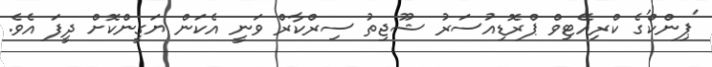
'ޕިންކް'ގެ ކްރިއޭޓިވް ޕްރޮޑިއުސަރު ޝޫޖިތު ސިރްކާރް ވަނީ އެކަން ޔަގީންކޮށް ދީފަ އެވެ.